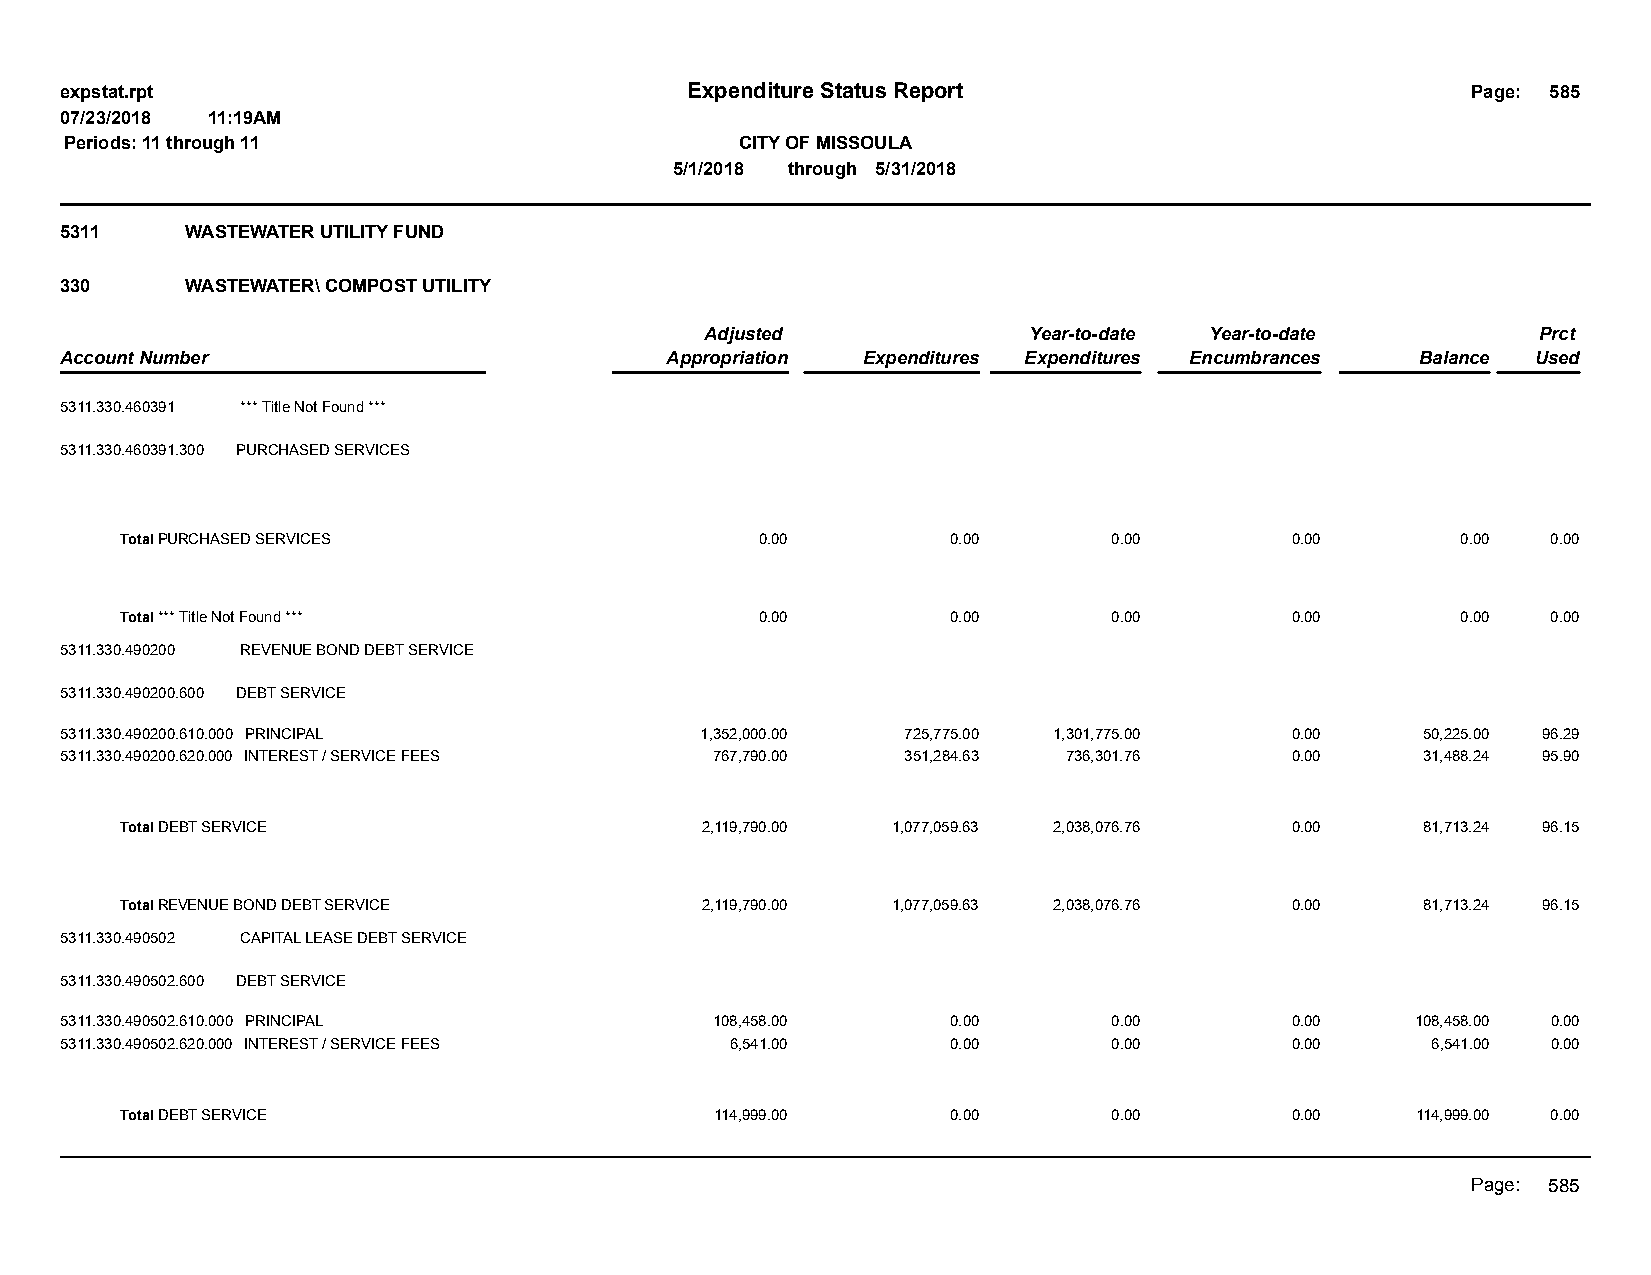
expstat.rpt                              Expenditure Status Report                           Page: 585
 07/23/2018 11:19AM
 Periods: 11 through 11                       CITY OF MISSOULA
 5/1/2018 through 5/31/2018
 5311    WASTEWATER UTILITY FUND
 330     WASTEWATER\ COMPOST UTILITY
 Adjusted             Year-to-date Year-to-date         Prct
 Account Number                          Appropriation Expenditures Expenditures Encumbrances Balance Used
 5311.330.460391 *** Title Not Found ***
 5311.330.460391.300 PURCHASED SERVICES
 Total PURCHASED SERVICES                  0.00         0.00       0.00       0.00        0.00  0.00
 Total *** Title Not Found ***             0.00         0.00       0.00       0.00        0.00  0.00
 5311.330.490200 REVENUE BOND DEBT SERVICE
 5311.330.490200.600 DEBT SERVICE
 5311.330.490200.610.000 PRINCIPAL         1,352,000.00  725,775.00 1,301,775.00  0.00     50,225.00 96.29
 5311.330.490200.620.000 INTEREST / SERVICE FEES 767,790.00 351,284.63 736,301.76 0.00     31,488.24 95.90
 Total DEBT SERVICE                    2,119,790.00 1,077,059.63 2,038,076.76 0.00     81,713.24 96.15
 Total REVENUE BOND DEBT SERVICE       2,119,790.00 1,077,059.63 2,038,076.76 0.00     81,713.24 96.15
 5311.330.490502 CAPITAL LEASE DEBT SERVICE
 5311.330.490502.600 DEBT SERVICE
 5311.330.490502.610.000 PRINCIPAL          108,458.00      0.00       0.00       0.00     108,458.00 0.00
 5311.330.490502.620.000 INTEREST / SERVICE FEES 6,541.00   0.00       0.00       0.00      6,541.00 0.00
 Total DEBT SERVICE                     114,999.00      0.00       0.00       0.00     114,999.00 0.00
 Page: 585